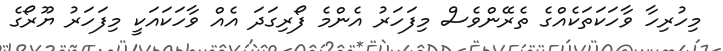
މިހުރިހާ ވާހަކަތަކެއްގެ ތެރޭންވެސް މިފަހަރު އެންމެ ފޯރިގަދަ އެއް ވާހަކައަކީ މިފަހަރު ޔޫރޯގެ